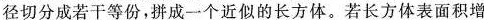
径切分成若干等份，拼成一个近似的长方体。若长方体表面积增